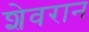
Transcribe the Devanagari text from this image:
शेवरान